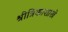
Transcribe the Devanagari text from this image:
श्रीत्रिकाशास्त्रे